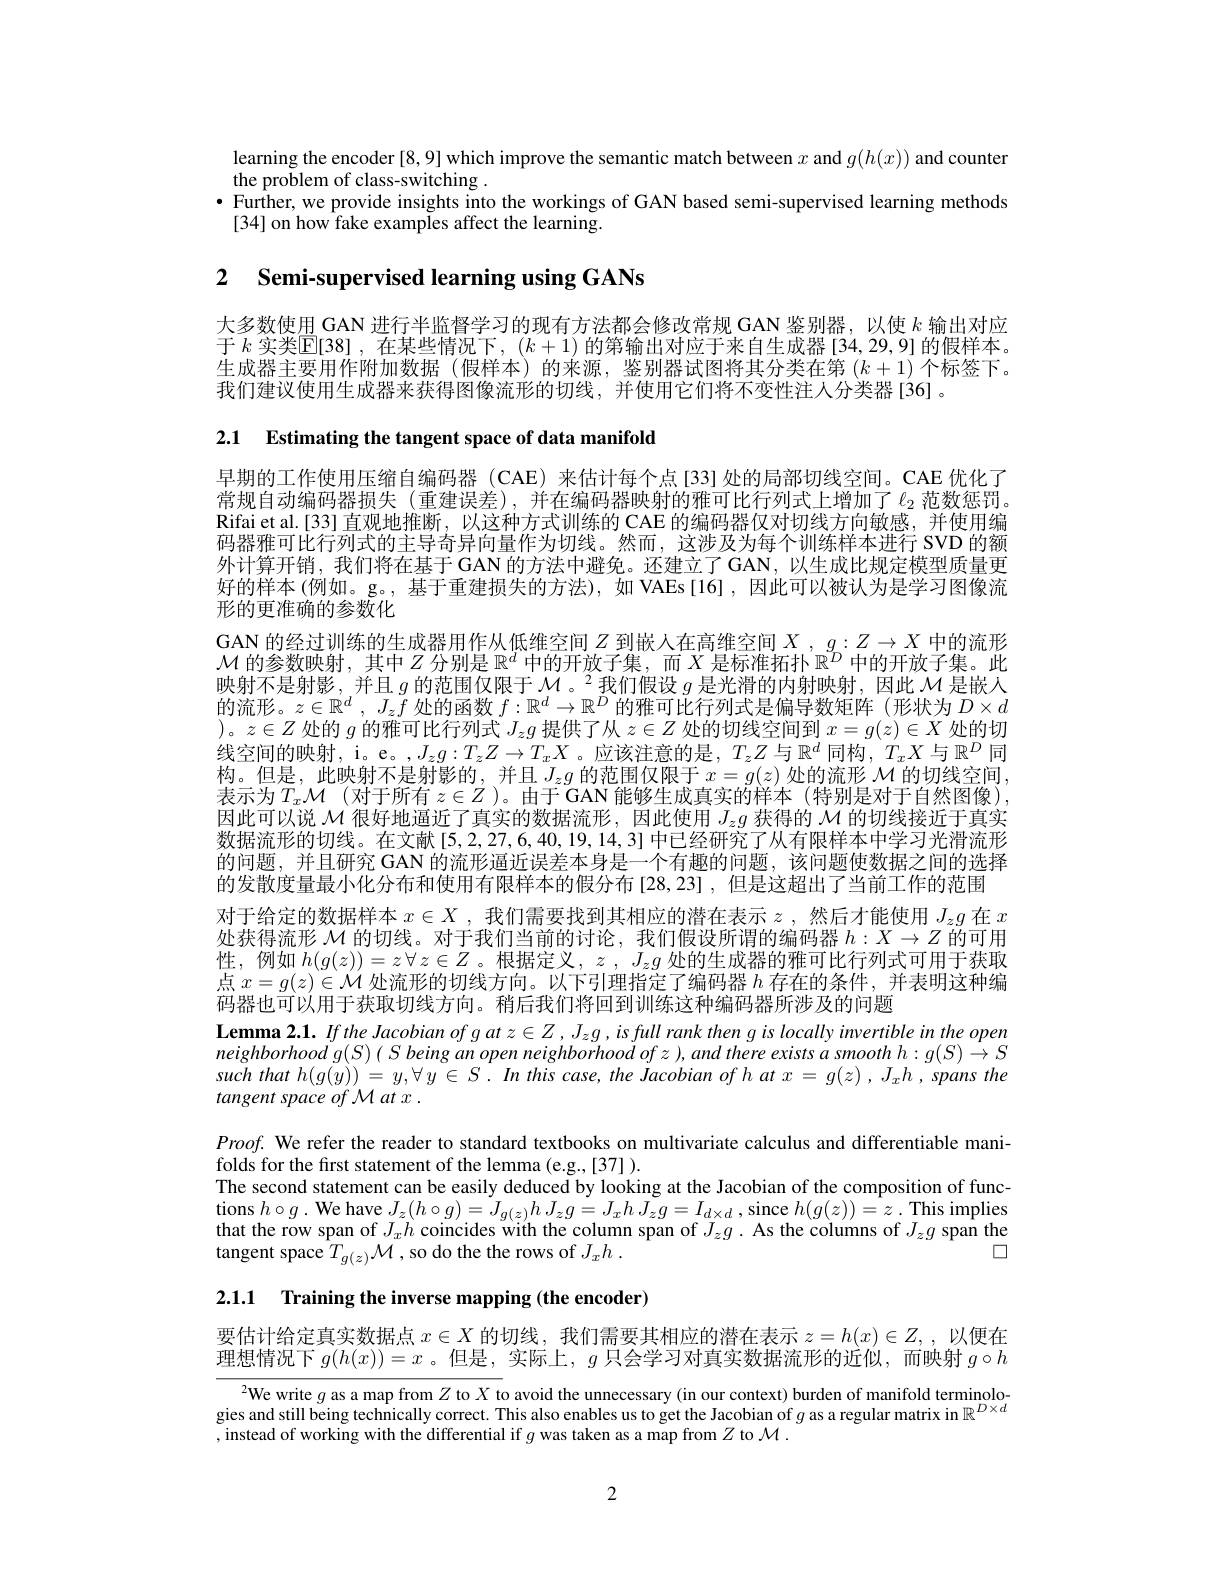
learning the encoder [8,9] which improve the semantic match between $x$ and $g(h(x))$ and counter
the problem of class-switching .
$\bullet$ Further, we provide insights into the workings of GAN based semi-supervised learning methods
[34] on how fake examples affect the learning.

2 $\textbf{Semi- supervised learning using GANs}$

大多数使用 GAN 进行半监督学习的现有方法都会修改常规 GAN 鉴别器，以使$k$输出对应于$k$ 实类$\mathbb{E}[38]$,在某些情况下，$(k+1)$ 的第输出对应于来自生成器[34,29,9]的假样本。生成器主要用作附加数据(假样本)的来源，鉴别器试图将其分类在第$(k+1)$个标签下。我们建议使用生成器来获得图像流形的切线，并使用它们将不变性注人分类器[36]。

2.1 Estimating the tangent space of data manifold

早期的工作使用压缩自编码器 (CAE) 来估计每个点[33]处的局部切线空间。CAE 优化了常规自动编码器损失(重建误差),并在编码器映射的雅可比行列式上增加了$\ell_{2}$范数惩罚Rifai et al.[33] 直观地推断，以这种方式训练的 CAE 的编码器仅对切线方向敏感，并使用编码器雅可比行列式的主导奇异向量作为切线。然而，这涉及为每个训练样本进行 SVD 的额外计算开销，我们将在基于GAN 的方法中避免。还建立了GAN，以生成比规定模型质量更好的样本(例如。g。,基于重建损失的方法),如 VAEs[16],因此可以被认为是学习图像流形的更准确的参数化
GAN 的经过训练的生成器用作从低维空间$Z$到嵌人在高维空间$X$ , $g:Z\to X$中的流形$\mathcal{M}$的参数映射，其中$Z$分别是$\mathbb{R}^d$中的开放子集，而$X$是标准拓扑$\mathbb{R}^D$中的开放子集。此映射不是射影，并且$g$的范围仅限于$\mathcal{M}$。$^2$我们假设$g$是光滑的内射映射，因此$\mathcal{M}$是嵌入的流形。$z\in \mathbb{R} ^d$, $J_zf$处的函数$f:\mathbb{R}^d\to\mathbb{R}^D$的雅可比行列式是偏导数矩阵(形状为$D\times d$ )。$z\in Z$处的$g$的雅可比行列式$J_zg$提供了从$z\in Z$处的切线空间到$x=g(z)\in X$处的切线空间的映射，i。e。,$J_zg:T_zZ\to T_xX$。应该注意的是，$T_zZ$ 与$\mathbb{R}^d$ 同构，$T_xX$ 与$\mathbb{R}^D$ 同构。但是，此映射不是射影的，并且$J_zg$ 的范围仅限于$x=g(z)$ 处的流形 $\mathcal{M}$ 的切线空间， 表示为$T_x\mathcal{M}($对于所有 $z\in Z$ )。由于 GAN 能够生成真实的样本(特别是对于自然图像), 因此可以说$\mathcal{M}$很好地逼近了真实的数据流形，因此使用$J_zg$获得的$\mathcal{M}$的切线接近于真实数据流形的切线。在文献[5,2,27,6,40,19,14,3] 中已经研究了从有限样本中学习光滑流形的问题，并且研究 GAN 的流形逼近误差本身是一个有趣的问题，该问题使数据之间的选择的发散度量最小化分布和使用有限样本的假分布[28,23] ,但是这超出了当前工作的范围
对于给定的数据样本$x\in X$ ,我们需要找到其相应的潜在表示$z$ ,然后才能使用$J_zg$在$x$ 处获得流形$\mathcal{M}$的切线。对于我们当前的讨论，我们假设所谓的编码器$h:X\to Z$的可用性，例如$h(g(z))=z\forall z\in Z$。根据定义，$z,J_zg$处的生成器的雅可比行列式可用于获取点$x=g(z)\in\mathcal{M}$处流形的切线方向。以下引理指定了编码器$h$存在的条件，并表明这种编码器也可以用于获取切线方向。稍后我们将回到训练这种编码器所涉及的问题
Lemma 2.1. Ifthe Jacobian of $g$ at $z\in Z,J_zg$ ,is full rank then g is locally invertible in the open neighborhood $g( S)$ ( $S$ being $an$ open neighborhood $of$ $z$ $) , and$ there exists $a$ smooth $h:$ $g( S) \rightarrow S$ such that $h( g( y) )$ = $y, \forall$ $y\in$ $S$ . $In$ this $case$, the Jacobian $of$ $h$ $at$ $x$ = $g( z)$ , $J_{x}h$ , spans the tangent space of M at x .
$Proof.$ We refer the reader to standard textbooks on multivariate calculus and differentiable mani-
folds for the first statement of the lemma (e.g.,[37] ).
The second statement can be easily deduced by looking at the Jacobian of the composition of functions $h\circ g.$ We have $J_{z}( h\circ g) = J_{g( z) }h$ $J_{z}g= J_{x}h$ $J_{z}g= I_{d\times d}$ ,since $h( g( z) ) = z$ . This implies that the row span of $J_xh$ coincides with the column span of $J_zg.$ As the columns of $J_zg$ span the
$\square$
tangent space $T_{g(z)}\mathcal{M}$,so do the the rows of $J_xh$ .

2.1.1 Training the inverse mapping (the encoder)

要估计给定真实数据点$x\in X$的切线，我们需要其相应的潜在表示$z=h(x)\in Z$,以便在理想情况下$g(h(x))=x$ 。但是，实际上，$g$只会学习对真实数据流形的近似，而映射$g\circ h$

$^{2}$We write $g$ as a map from $Z$ to $X$ to avoid the unnecessary (in our context) burden of manifold terminolo. gies and still being technically correct. This also enables us to get the Jacobian of $g$ as a regular matrix in $\mathbb{R}^D\times d$ , instead of working with the differential if $g$ was taken as a map from $Z$ to $\mathcal{M}.$

2